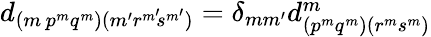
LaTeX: \begin{array}{r}{d_{({m}\, {p}^{m}{q}^{m})({m^{\prime}}{r}^{m^{\smash{\prime}}}\! {s}^{m^{\smash{\prime}}})}=\delta_{mm^{\prime}}d_{({p}^{m}{q}^{m})({r}^{m}{s}^{m})}^{m}}\end{array}